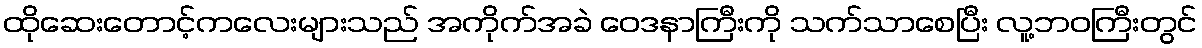
ထိုဆေးတောင့်ကလေးများသည် အကိုက်အခဲ ဝေဒနာကြီးကို သက်သာစေပြီး လူ့ဘဝကြီးတွင်